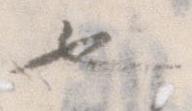
也